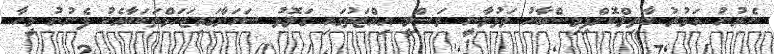
ނެރުނު އަމުރު ބާތިލްކޮށްފިމިސްބާހު ވަޅުލާނީ ރަސްމީ އިއްޒަތުގައި ގަލޮޅު ސަހަރާގައިޒަހަމްތަކަކާއެކު ފެނުނު މީހާ